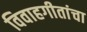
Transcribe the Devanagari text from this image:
विवाहगीतांचा